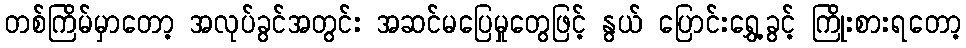
တစ်ကြိမ်မှာတော့ အလုပ်ခွင်အတွင်း အဆင်မပြေမှုတွေဖြင့် နွယ် ပြောင်းရွှေ့ခွင့် ကြိုးစားရတော့